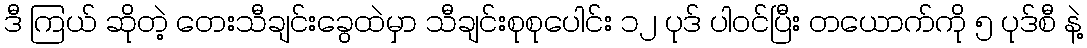
ဒီ ကြယ် ဆိုတဲ့ တေးသီချင်းခွေထဲမှာ သီချင်းစုစုပေါင်း ၁၂ ပုဒ် ပါဝင်ပြီး တယောက်ကို ၅ ပုဒ်စီ နဲ့